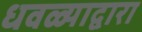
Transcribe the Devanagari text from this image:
धवळ्याद्वारा